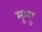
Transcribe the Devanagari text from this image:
मुग्गु